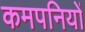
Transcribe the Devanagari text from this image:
कमपनियों